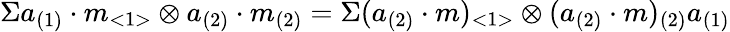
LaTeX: \Sigma a_{(1)}\cdot m_{<1>}\otimes a_{(2)}\cdot m_{(2)}=\Sigma(a_{(2)}\cdot m)_{<1>}\otimes(a_{(2)}\cdot m)_{(2)}a_{(1)}